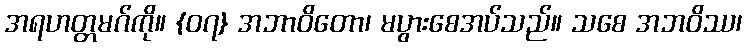
အရဟတ္တမဂ်ကို။ {၀၇} အဘာဝိတော၊ မပွားစေအပ်သည်။ သစေ အဘဝိဿ၊